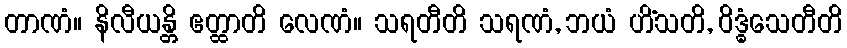
တာဏံ။ နိလီယန္တိ ဧတ္ထာတိ လေဏံ။ သရတီတိ သရဏံ, ဘယံ ဟိံသတိ, ဝိဒ္ဓံသေတီတိ